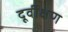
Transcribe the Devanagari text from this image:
दूर्वीक्षण